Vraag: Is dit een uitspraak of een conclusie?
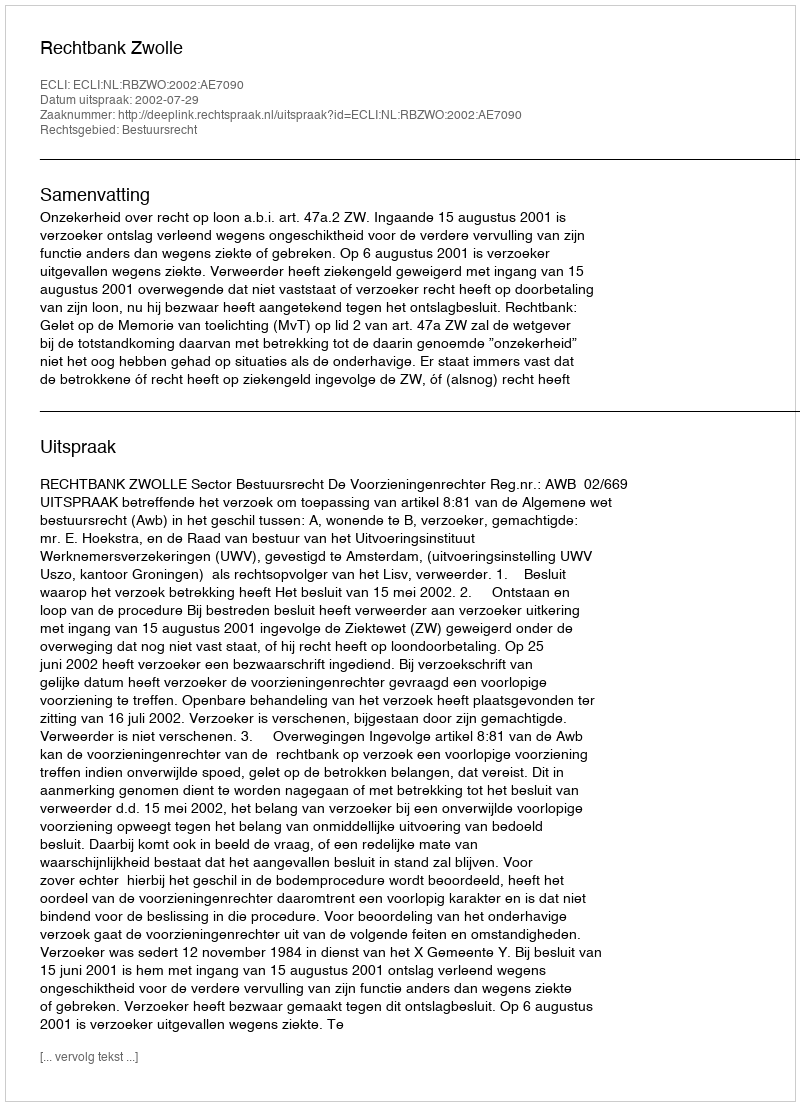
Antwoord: Uitspraak